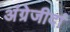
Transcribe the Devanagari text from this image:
अंग्रेजीदां